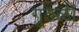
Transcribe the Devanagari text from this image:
गूठळी